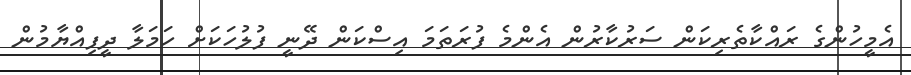
އެމީހުންގެ ރައްކާތެރިކަން ސަރުކާރުން އެންމެ ފުރަތަމަ އިސްކަން ދޭނީ ފުލުހަކަށް ހަމަލާ ދީފިއްޔާމުން